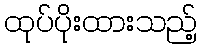
ထုပ်ပိုးထားသည့်